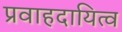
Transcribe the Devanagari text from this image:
प्रवाहदायित्व